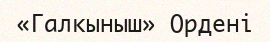
«Галкыныш» Ордені